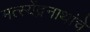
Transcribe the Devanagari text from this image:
मत्स्येंद्रनाथांचे